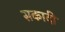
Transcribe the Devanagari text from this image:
सकादी